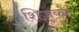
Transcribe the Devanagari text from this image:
शिज़ूका